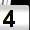
Digit: 4